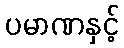
ပမာဏနှင့်